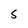
Character: S